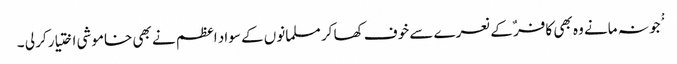
ْْجو نہ مانے وہ بھی کافر ٌکے نعرے سے خوف کھا کر مسلمانوں کے سواد اعظم نے بھی خاموشی اختیار کر لی ۔